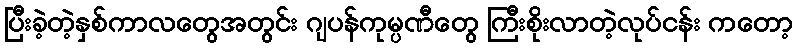
ပြီးခဲ့တဲ့နှစ်ကာလတွေအတွင်း ဂျပန်ကုမ္ပဏီတွေ ကြီးစိုးလာတဲ့လုပ်ငန်း ကတော့